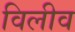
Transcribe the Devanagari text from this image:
विलीव